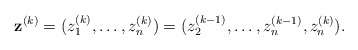
\begin{align*}\mathbf{z}^{(k)} =(z_1^{(k)},\ldots,z_n^{(k)})=(z_2^{(k-1)},\ldots,z_{n}^{(k-1)},z_n^{(k)}).\end{align*}